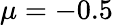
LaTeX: \mu=-0.5